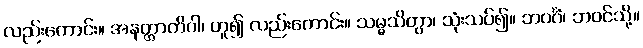
လည်းကောင်း။ အနတ္တာတိဝါ၊ ဟူ၍ လည်းကောင်း။ သမ္မသိတွာ၊ သုံးသပ်၍။ ဘဝင်္ဂံ၊ ဘဝင်သို့။